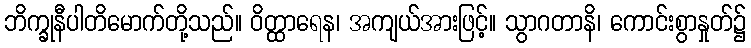
ဘိက္ခုနီပါတိမောက်တို့သည်။ ဝိတ္ထာရေန၊ အကျယ်အားဖြင့်။ သွာဂတာနိ၊ ကောင်းစွာနှုတ်၌